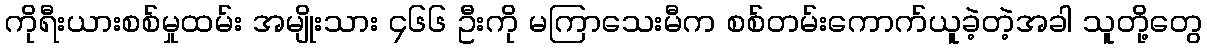
ကိုရီးယားစစ်မှုထမ်း အမျိုးသား ၄၆၆ ဦးကို မကြာသေးမီက စစ်တမ်းကောက်ယူခဲ့တဲ့အခါ သူတို့တွေ